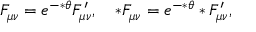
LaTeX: F _ { \mu \nu } = e ^ { - * \theta } F _ { \mu \nu } ^ { \prime } , \quad * F _ { \mu \nu } = e ^ { - * \theta } * F _ { \mu \nu } ^ { \prime } ,